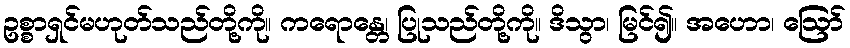
ဥစ္စာရှင်မဟုတ်သည်တို့ကို။ ကရောန္တေ၊ ပြုသည်တို့ကို။ ဒိသွာ၊ မြင်၍။ အဟော၊ ဩော်